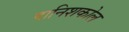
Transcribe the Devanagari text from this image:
दानिशकोल